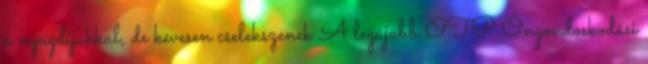
a nyugdíjukkal, de kevesen cselekszenek A legújabb OTP Öngondoskodási